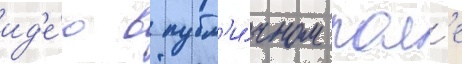
ид'е́ю в публ'и́чном пол'е